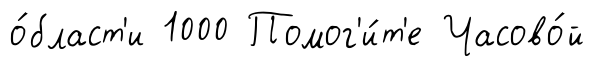
о́бласт'и 1000 Помог'и́т'е Часово́й